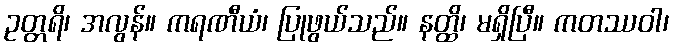
ဥတ္တရိ၊ အလွန်။ ကရဏီယံ၊ ပြုဖွယ်သည်။ နတ္ထိ၊ မရှိပြီ။ ကတဿဝါ၊